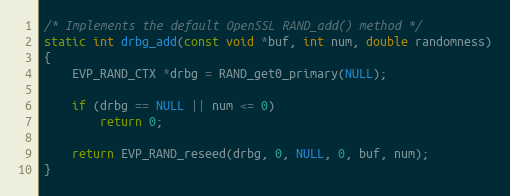
Language: C
/* Implements the default OpenSSL RAND_add() method */
static int drbg_add(const void *buf, int num, double randomness)
{
    EVP_RAND_CTX *drbg = RAND_get0_primary(NULL);

    if (drbg == NULL || num <= 0)
        return 0;

    return EVP_RAND_reseed(drbg, 0, NULL, 0, buf, num);
}